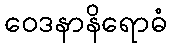
ဝေဒနာနိရောဓံ